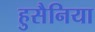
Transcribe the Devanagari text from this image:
हुसैनिया